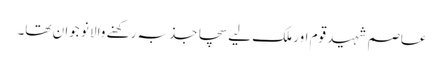
عاصم شہید قوم اور ملک لیے سچا جذبہ رکھنے والا نو جوان تھا۔